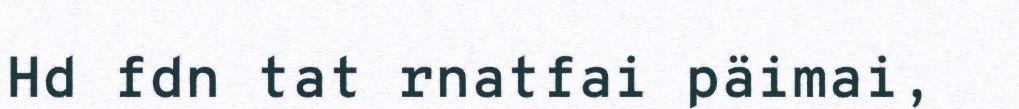
Hd fdn tat rnatfai päimai,